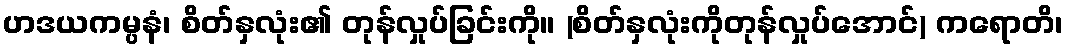
ဟဒယကမ္ပနံ၊ စိတ်နှလုံး၏ တုန်လှုပ်ခြင်းကို။ (စိတ်နှလုံးကိုတုန်လှုပ်အောင်) ကရောတိ၊